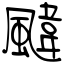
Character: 颹